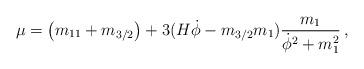
LaTeX: \begin{align*}\mu =\left(m_{11}+m_{3/2}\right) +3(H\dot \phi - m_{3/2}m_1)\frac{m_1}{\dot \phi ^2 +m_1^2}\,,\end{align*}